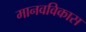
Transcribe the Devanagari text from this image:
मानवविकास